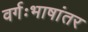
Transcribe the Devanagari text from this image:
वर्गःभाषांतर